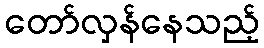
တော်လှန်နေသည့်